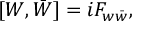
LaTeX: [ W , \bar { W } ] = i F _ { w \bar { w } } ,